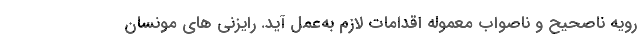
رویه ناصحیح و ناصواب معموله اقدامات لازم به‌عمل آید. رایزنی های مونسان